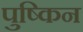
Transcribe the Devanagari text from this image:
पुष्किन